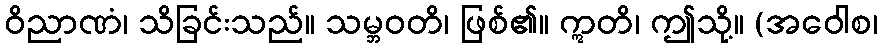
ဝိညာဏံ၊ သိခြင်းသည်။ သမ္ဘဝတိ၊ ဖြစ်၏။ ဣတိ၊ ဤသို့။ (အဝေါစ၊